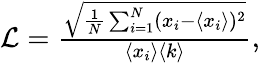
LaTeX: \begin{array}{r}{\mathcal{L}=\frac{\sqrt{\frac{1}{N}\sum_{i=1}^{N}(x_{i}-\langle x_{i}\rangle)^{2}}}{\langle x_{i}\rangle\langle k\rangle},}\end{array}